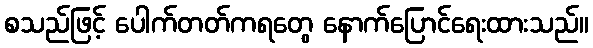
စသည်ဖြင့် ပေါက်တတ်ကရတွေ နောက်ပြောင်ရေးထားသည်။